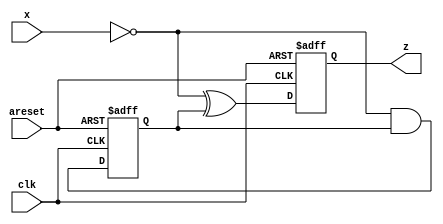
module top_module (
    input clk,
    input areset,
    input x,
    output z
);
    reg carry;
    
    always @(posedge clk or posedge areset) begin
        if (areset) begin
            z <= 0;
            carry <= 1;
        end else begin
            z <= !x ^ carry;
            carry <= !x & carry;
        end
    end
endmodule